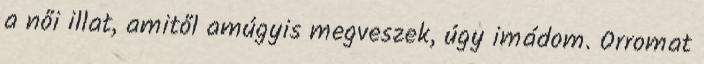
a női illat, amitől amúgyis megveszek, úgy imádom. Orromat